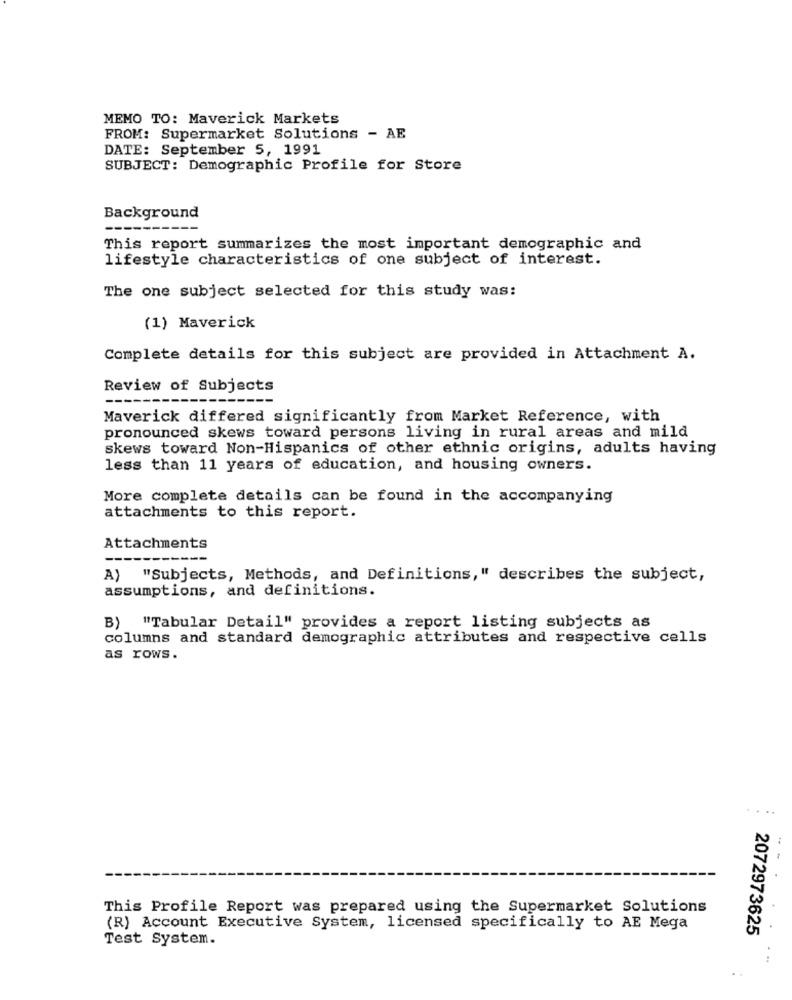
MEMO TO: Maverick Markets
FROM: Supermarket Solutions - AE
DATE: September 5, 1991
SUBJECT: Demographic Profile for Store
Background
This report summarizes the most important demographic and
lifestyle characteristics of one subject of interest.
The one subject selected for this study was:
(1) Maverick
Complete details for this subject are provided in Attachment A.
Review of Subjects
Maverick differed significantly from Market Reference, with
pronounced skews toward persons living in rural areas and mild
skews toward Non-Hispanics of other ethnic origins, adults having
less than 11 years of education, and housing owners.
More complete details can be found in the accompanying
attachments to this report.
Attachments
--
------
A) "Subjects, Methods, and Definitions," describes the subject,
assumptions, and definitions.
B) "Tabular Detail" provides a report listing subjects as
columns and standard demographic attributes and respective cells
as rows.
...
This Profile Report was prepared using the Supermarket Solutions
(R) Account Executive System, licensed specifically to AE Mega
2072973625
Test System.